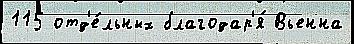
115 отд'е́льных благодар'я́ Вьенна